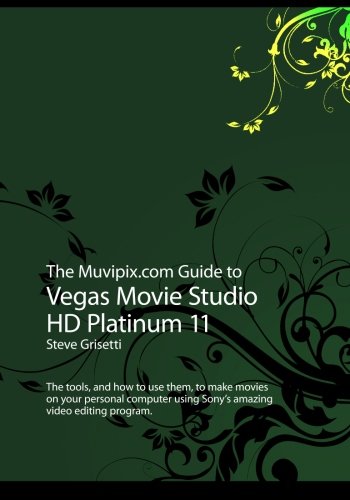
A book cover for The Muvipix.com Guide to Vegas Movie Studio HD Platinum 11; Steve Grisetti; Arts & Photography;